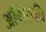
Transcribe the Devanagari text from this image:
अभिरूचि